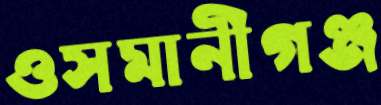
ওসমানীগঞ্জ